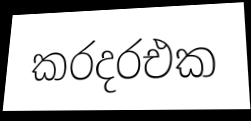
කරදරඑක